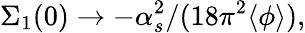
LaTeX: \Sigma_{1}(0)\rightarrow-\alpha_{s}^{2}/(18\pi^{2}\langle\phi\rangle),